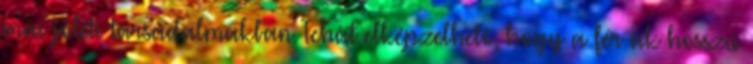
mai jóléti társadalmakban. Tehát elképzelhető, hogy a férﬁak hosszú